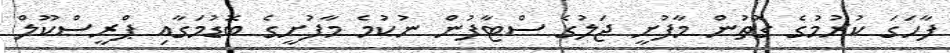
ފާހަގަ ކުރުމުގެ ގޮތުން މާފުށީ ޖަލުގެ ސްޓާފުން ނުކުމެ މާފުށީގެ ބޮޑުމަގާއި ޕްރީސްކޫލް